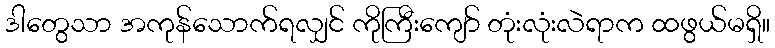
ဒါတွေသာ အကုန်သောက်ရလျှင် ကိုကြီးကျော် တုံးလုံးလဲရာက ထဖွယ်မရှိ။